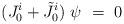
LaTeX: \begin{align*} (J^{i}_{0}+\tilde{J}^{i}_{0}) \ \psi \ = \ 0\end{align*}